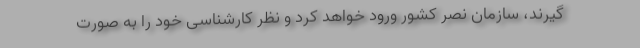
گیرند، سازمان نصر کشور ورود خواهد کرد و نظر کارشناسی خود را به صورت